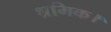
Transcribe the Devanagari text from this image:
श्रमिक।